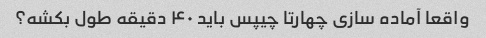
واقعا آماده سازی چهارتا چیپس باید ۴۰ دقیقه طول بکشه؟